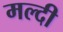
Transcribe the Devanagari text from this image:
मल्दी